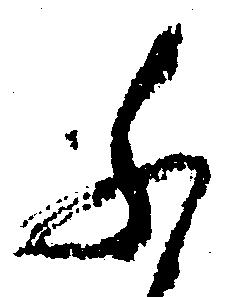
ふ